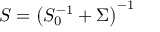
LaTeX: S = \left( S _ { 0 } ^ { - 1 } + \Sigma \right) ^ { - 1 }